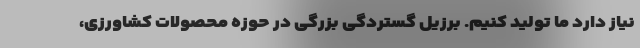
نیاز دارد ما تولید کنیم. برزیل گستردگی بزرگی در حوزه محصولات کشاورزی،